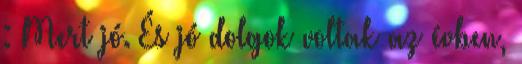
: Mert jó. És jó dolgok voltak az évben,